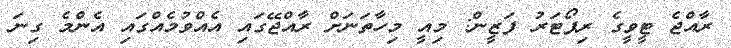
ރާއްޖެ ޓީވީގެ ރިޕޯޓަރު ފަޒީން: މިއީ މިހާތަނަށް ރާއްޖޭގައި އެއްވުމެއްގައި އެންމެ ގިނަ